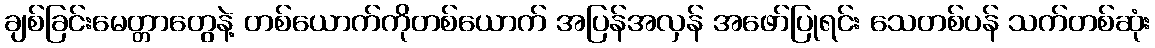
ချစ်ခြင်းမေတ္တာတွေနဲ့ တစ်ယောက်ကိုတစ်ယောက် အပြန်အလှန် အဖော်ပြုရင်း သေတစ်ပန် သက်တစ်ဆုံး